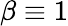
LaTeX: \beta\equiv 1